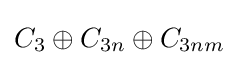
C_{3}\oplus C_{3n}\oplus C_{3nm}